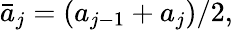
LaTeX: \begin{array}{r}{\bar{a}_{j}=\left({a}_{j-1}+{a}_{j}\right)/2,}\end{array}